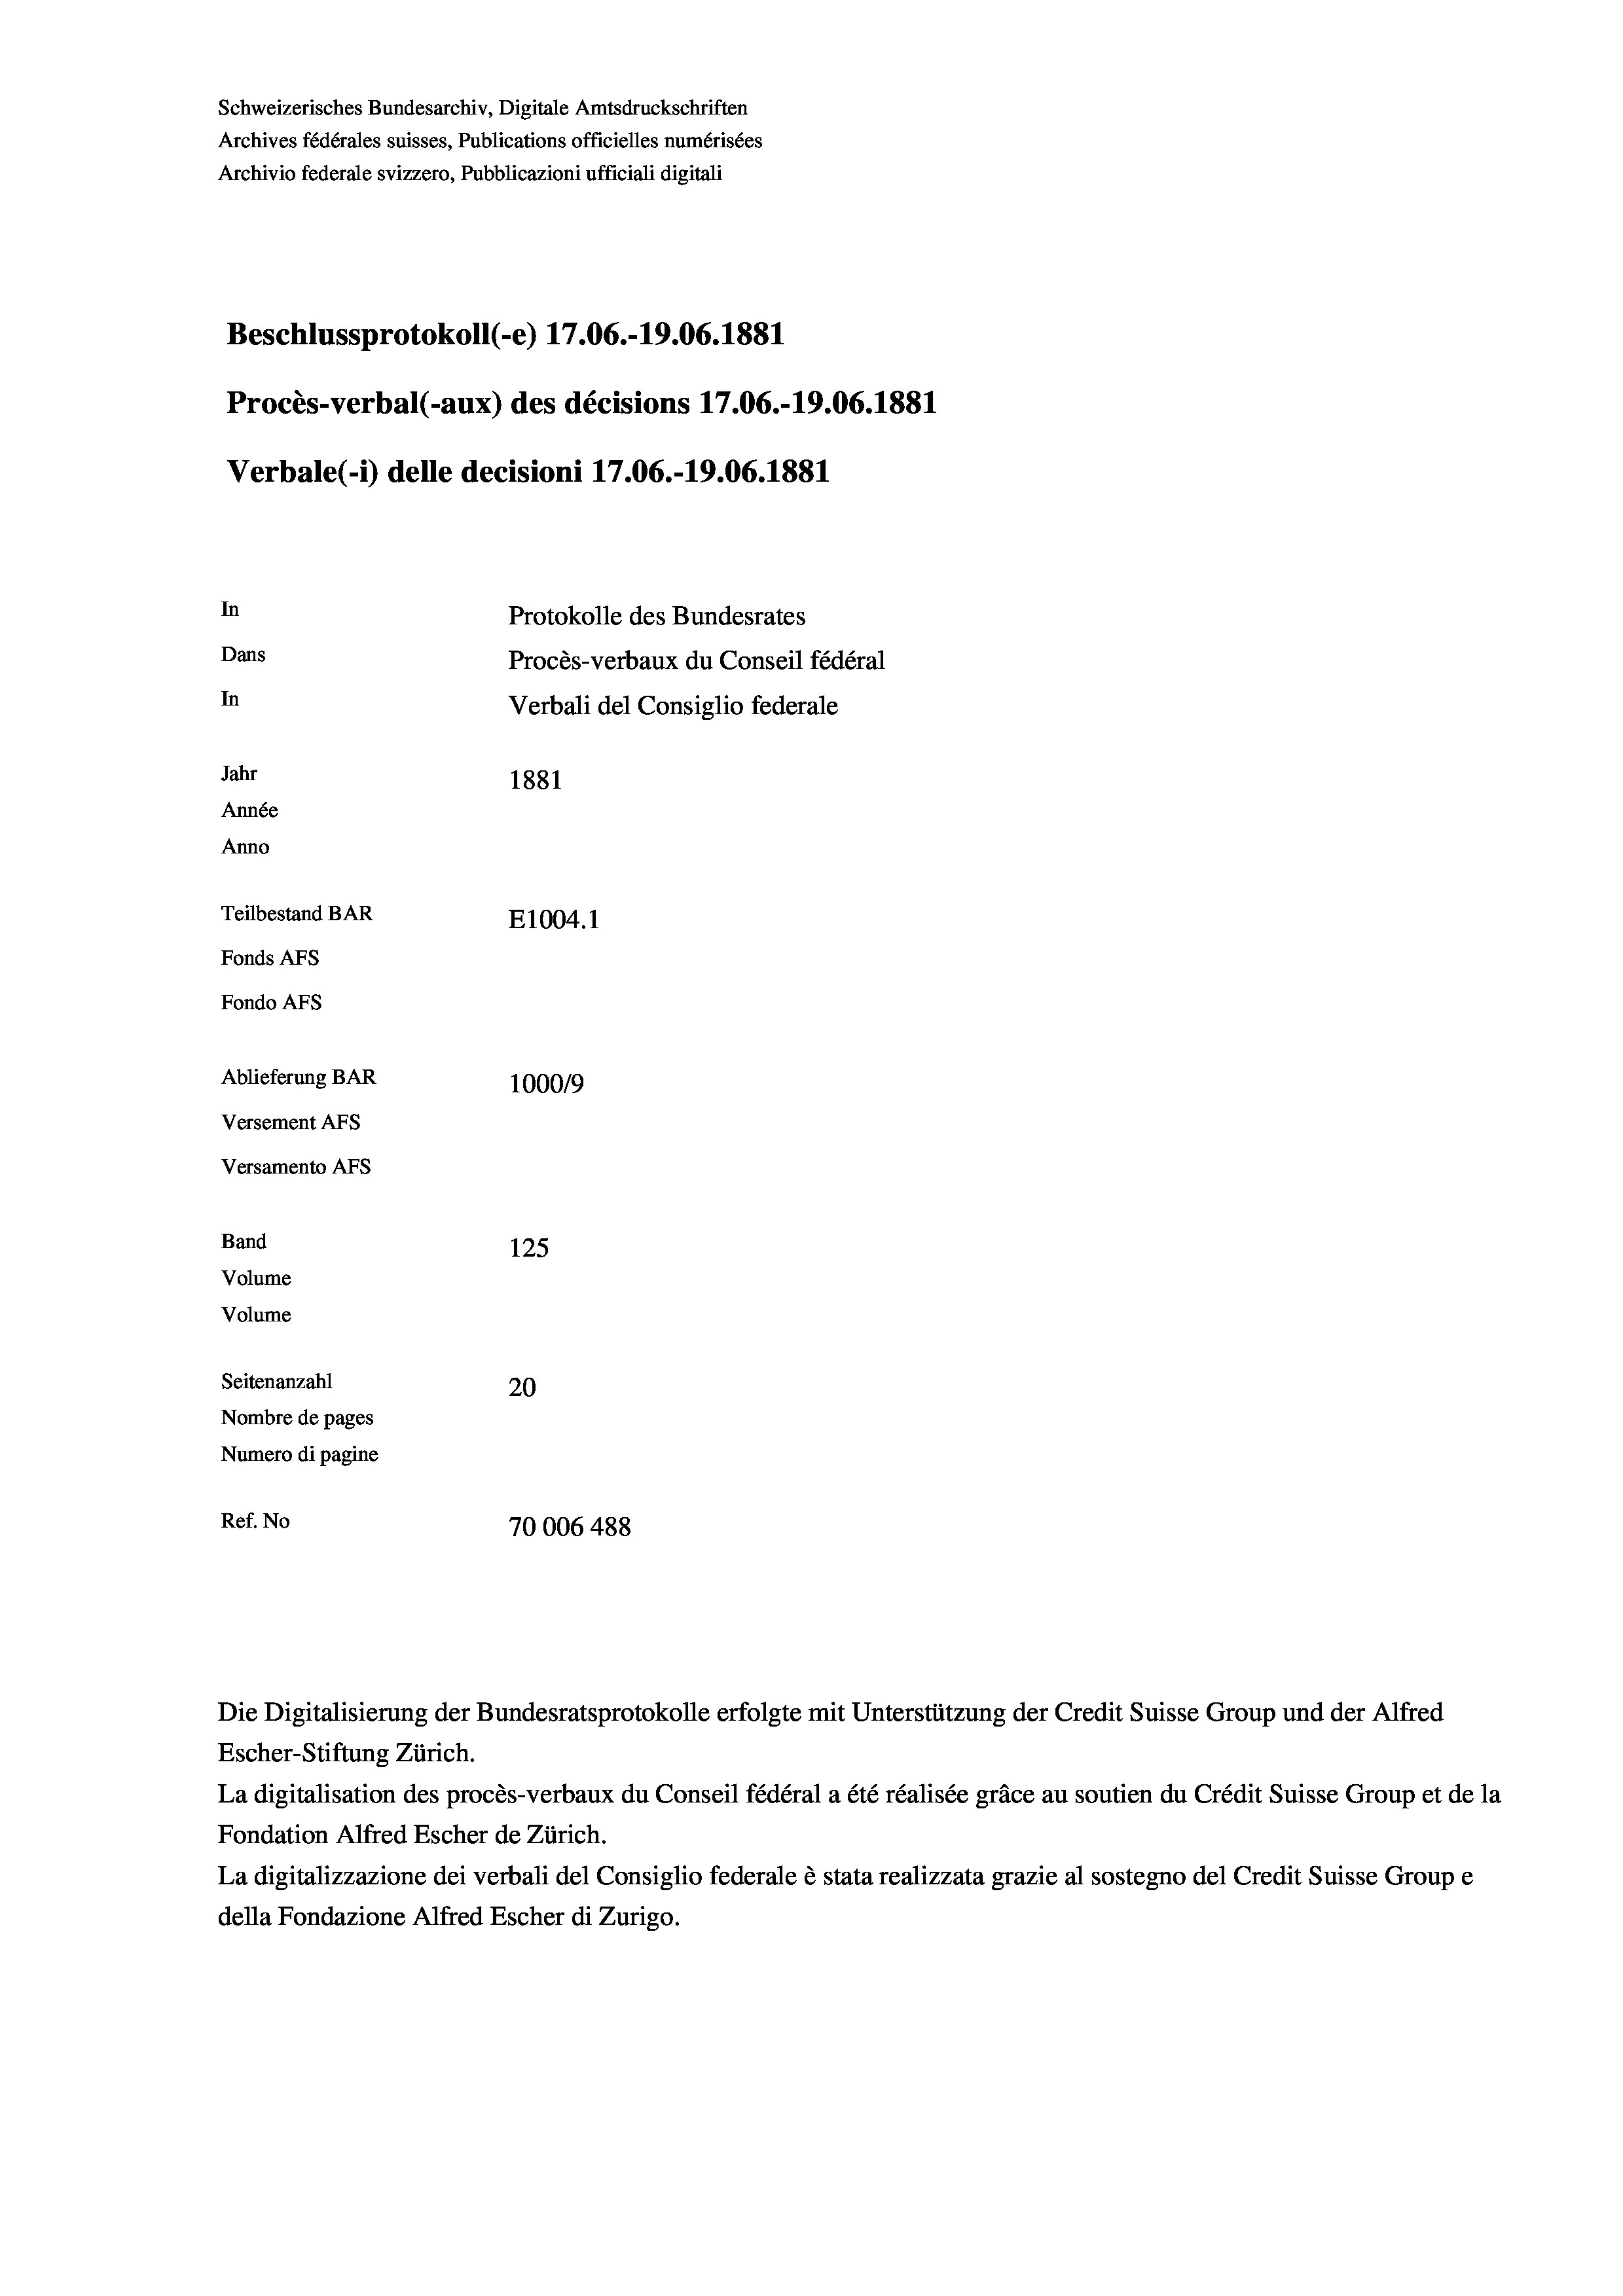
Schweizerisches Bundesarchiv, Digitale Amtsdruckschriften
Archives fédérales suisses, Publications officielles numérisées
Archivio federale svizzero, Pubblicazioni ufficiali digitali
Beschlussprotokoll (-e) 17.06.-19.06. 1881
Procès-verbal (-aux) des décisions 17.06.-19.06. 1881
Verbale(-*) delle decisioni 17.06.-19.06. 1881
In
Protokolle des Bundesrates
Dans
Procès-verbaux du Conseil fédéral
In
Verbali del Consiglio federale
Jahr
1881
Année
Anno
Teilbestand BAR
E1004.1
Fonds AFs
Fondo AFS
Ablieferung BAR
1000/9
Versement AFs
Versamento Afs
Band
125
Volume
Volume

Seitenanzahl
20
Nombre de pages
Numero di pagine
Ref. No
70006 488

Escher-Stiftung Zürich.
La digitalisation des procès-verbaux du Conseil fédéral a été réalisée gräce au soutien du Crédit Suisse Group et de la
Fondation Alfred Escher de Zürich.
La digitalizzazione dei verbali del Consiglio federale è stata realizzata grazie al sostegno del Credit Suisse Groupe
della Fondazione Alfred Escher di Zurigo.

Die Digitalisierung der Bundesratsprotokolle erfolgte mit Unterstützung der Credit Suisse Group und der Alfred